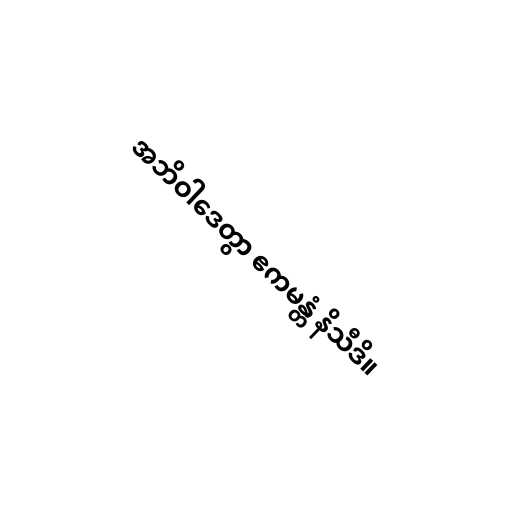
အဘိဝါဒေတွာ ဧကမန္တံ နိသီဒိ။